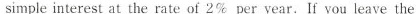
simple interest at the rate of 2% per year.If you leave the